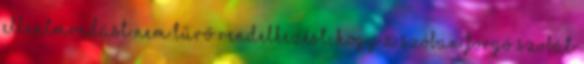
ellentmondást nem tűrő rendelkezést, hogy a szóban forgó szobát